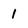
Character: 1